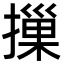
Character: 摷